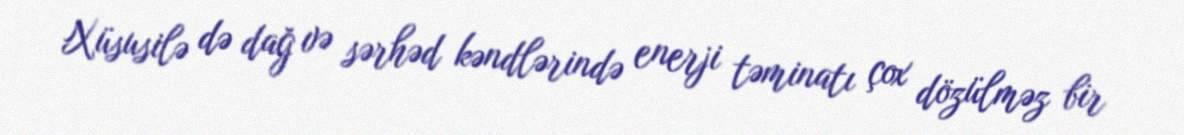
Xüsusilə də dağ və sərhəd kəndlərində enerji təminatı çox dözülməz bir